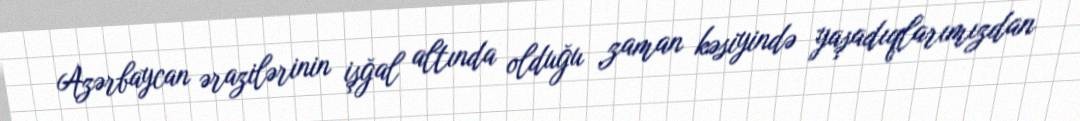
Azərbaycan ərazilərinin işğal altında olduğu zaman kəsiyində yaşadıqlarımızdan